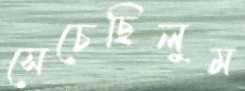
সেচেছিলুম